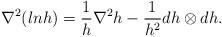
LaTeX: \begin{align*}\nabla^2(lnh)=\frac{1}{h}\nabla^2h-\frac{1}{h^2}dh\otimes dh.\end{align*}